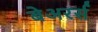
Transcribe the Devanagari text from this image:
बेअरर्स